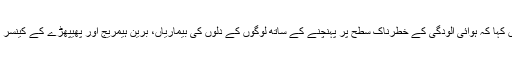
انہوں نے اس سے پہلے نامہ نگاروں کی کانفرنس میں کہا کہ ہوائی آلودگی کے خطرناک سطح پر پہنچنے کے ساتھ لوگوں کے دلوں کی بیماریاں، برین ہیمریج اور پھیپھڑے کے کینسر کی زدمیں آنے کے شبہ میں کئی گنا اضافہ ہوجاتاہے۔